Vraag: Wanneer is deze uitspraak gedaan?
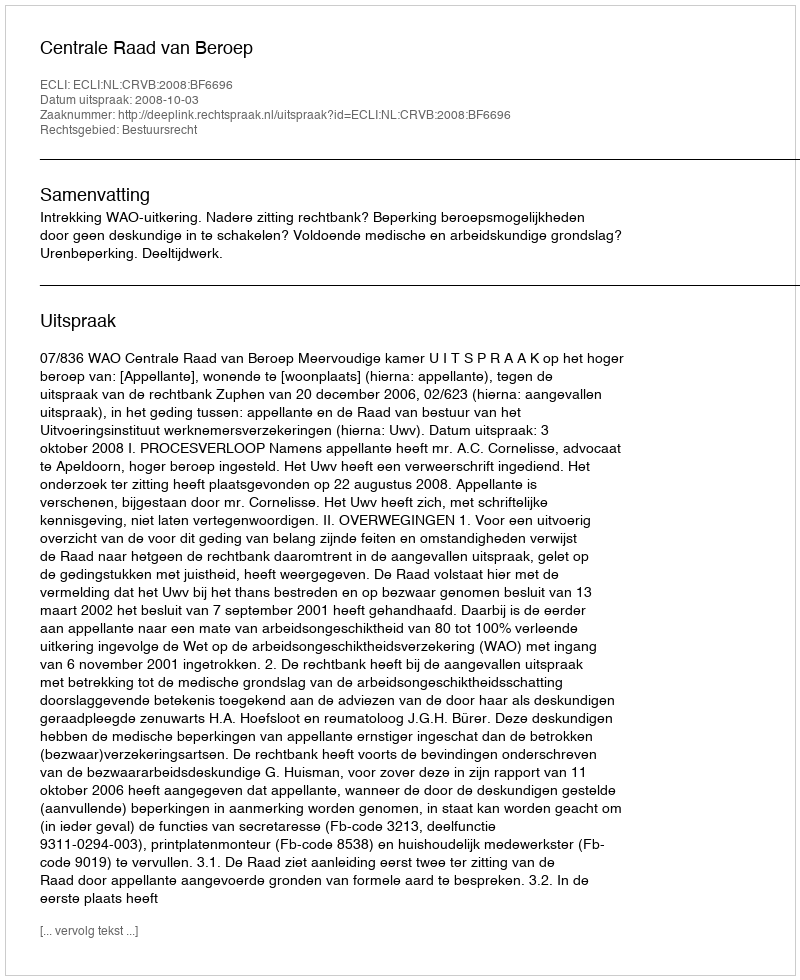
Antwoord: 2008-10-03